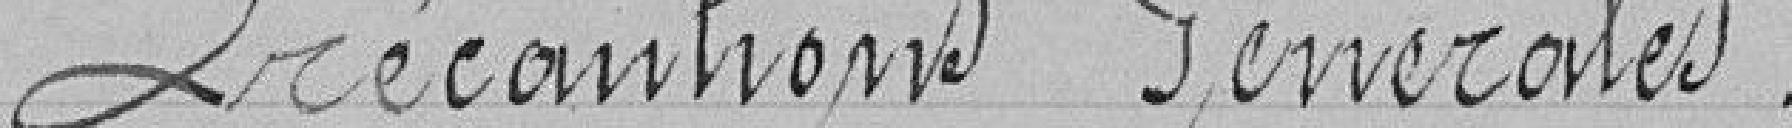
Précautions Générales